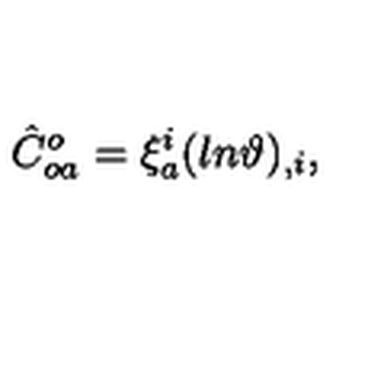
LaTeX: \hat { C } _ { o a } ^ { o } = \xi _ { a } ^ { i } ( l n { \vartheta } ) _ { , i } ,